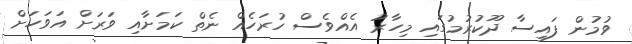
ވުމުން ފައިސާ ދޫކުރުމުގައި މިހާރު އެއްވެސް ހުރަހެއް ނެތް ކަމަށާއި ވަރަށް އަވަހަށް